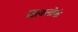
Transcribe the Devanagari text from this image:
शिवलोकं